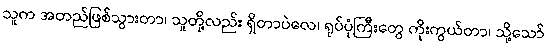
သူက အတည်ဖြစ်သွားတာ၊ သူတို့လည်း ရှိတာပဲလေ၊ ရုပ်ပုံကြီးတွေ ကိုးကွယ်တာ၊ သို့သော်